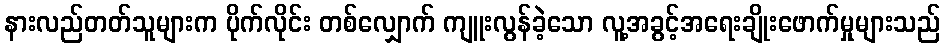
နားလည်တတ်သူများက ပိုက်လိုင်း တစ်လျှောက် ကျူးလွန်ခဲ့သော လူ့အခွင့်အရေးချိုးဖောက်မှုများသည်